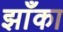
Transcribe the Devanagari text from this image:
झाँका